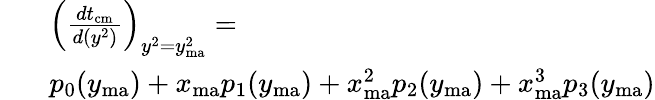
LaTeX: \begin{array}{rl}{~~~}&{\left(\frac{dt_{\mathrm{cm}}}{d(y^{2})}\right)_{y^{2}=y_{\mathrm{ma}}^{2}}=}\\ &{p_{0}(y_{\mathrm{ma}})+x_{\mathrm{ma}}p_{1}(y_{\mathrm{ma}})+x_{\mathrm{ma}}^{2}p_{2}(y_{\mathrm{ma}})+x_{\mathrm{ma}}^{3}p_{3}(y_{\mathrm{ma}})}\end{array}